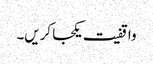
واقفیت یکجا کریں۔